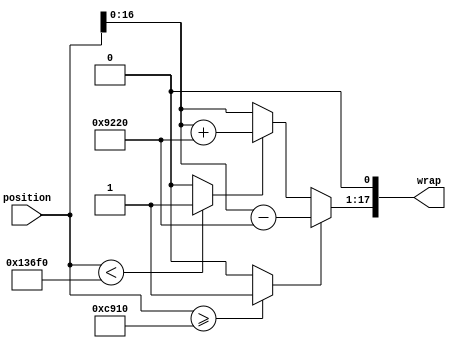
module controllerHdl_Wrap_NegPi_To_Pi
          (
           position,
           wrap
          );


  input   signed [18:0] position;  // sfix19_En14
  output  signed [17:0] wrap;  // sfix18_En15


  wire signed [18:0] Constant1_out1;  // sfix19_En14
  wire signed [18:0] Constant_out1;  // sfix19_En14
  wire Relational_Operator1_relop1;
  wire position_less_than_pi;
  wire signed [19:0] Data_Type_Conversion_out1;  // sfix20_En14
  wire signed [18:0] Constant3_out1;  // sfix19_En14
  wire Relational_Operator_relop1;
  wire position_greater_than_pi;
  wire signed [19:0] Add1_add_cast;  // sfix20_En14
  wire signed [19:0] Add1_add_cast_1;  // sfix20_En14
  wire signed [19:0] wrap_position_less_than_neg_pi;  // sfix20_En14
  wire signed [19:0] Switch2_out1;  // sfix20_En14
  wire signed [18:0] Constant2_out1;  // sfix19_En14
  wire signed [19:0] Add_sub_cast;  // sfix20_En14
  wire signed [19:0] Add_sub_cast_1;  // sfix20_En14
  wire signed [19:0] wrap_position_greater_than_pi;  // sfix20_En14
  wire signed [19:0] Switch1_out1;  // sfix20_En14
  wire signed [17:0] Angle_Data_Type_out1;  // sfix18_En15

  // Wrap Angle


  // <S9>/Constant1
  assign Constant1_out1 = 19'sb0001100100100010000;



  // <S9>/Constant
  assign Constant_out1 = 19'sb1110011011011110000;



  // <S9>/Relational Operator1
  assign Relational_Operator1_relop1 = (position < Constant_out1 ? 1'b1 :
              1'b0);



  assign position_less_than_pi = Relational_Operator1_relop1;

  // <S9>/Data Type Conversion
  assign Data_Type_Conversion_out1 = position;



  // <S9>/Constant3
  assign Constant3_out1 = 19'sb0011001001000100000;



  // <S9>/Relational Operator
  assign Relational_Operator_relop1 = (position >= Constant1_out1 ? 1'b1 :
              1'b0);



  assign position_greater_than_pi = Relational_Operator_relop1;

  // <S9>/Add1
  assign Add1_add_cast = position;
  assign Add1_add_cast_1 = Constant3_out1;
  assign wrap_position_less_than_neg_pi = Add1_add_cast + Add1_add_cast_1;



  // <S9>/Switch2
  assign Switch2_out1 = (position_less_than_pi == 1'b0 ? Data_Type_Conversion_out1 :
              wrap_position_less_than_neg_pi);



  // <S9>/Constant2
  assign Constant2_out1 = 19'sb0011001001000100000;



  // <S9>/Add
  assign Add_sub_cast = position;
  assign Add_sub_cast_1 = Constant2_out1;
  assign wrap_position_greater_than_pi = Add_sub_cast - Add_sub_cast_1;



  // <S9>/Switch1
  assign Switch1_out1 = (position_greater_than_pi == 1'b0 ? Switch2_out1 :
              wrap_position_greater_than_pi);



  // <S9>/Angle_Data_Type
  assign Angle_Data_Type_out1 = {Switch1_out1[16:0], 1'b0};



  assign wrap = Angle_Data_Type_out1;

endmodule